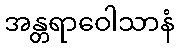
အန္တရာဝေါသာနံ